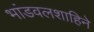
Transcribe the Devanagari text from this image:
भांडवलशाहिने